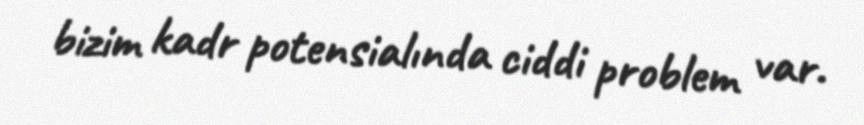
bizim kadr potensialında ciddi problem var.